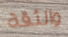
والثقة